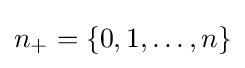
n_{+}=\{0,1,\ldots ,n\}